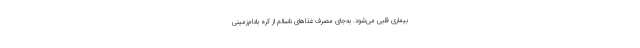
بیماری قلبی می‌شود. به‌جای مصرف غذاهای ناسالم از کره بادام‌زمینی